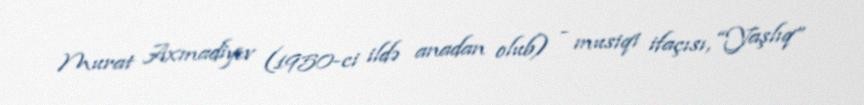
Murat Axmadiyev (1950-ci ildə anadan olub) - musiqi ifaçısı, “Yaşlıq”